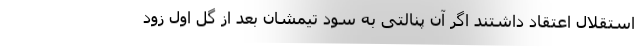
استقلال اعتقاد داشتند اگر آن پنالتی به سود تیمشان بعد از گل اول زود